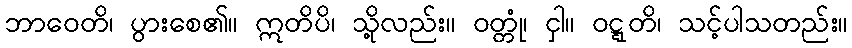
ဘာဝေတိ၊ ပွားစေ၏။ ဣတိပိ၊ သို့လည်း။ ဝတ္တုံ၊ ငှါ။ ဝဋ္ဋတိ၊ သင့်ပါသတည်း။